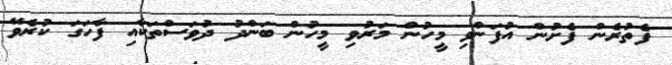
ފެތުރެން ފެށުން އުފަންވި މީހުން މަރުވި މީހުން ބަންދު ދުވަސްތަކާއި ފާހަގަ ކުރެވޭ